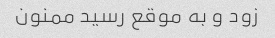
زود و به موقع رسید ممنون